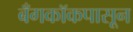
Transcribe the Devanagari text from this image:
बँगकॉकपासून